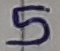
Text: 5